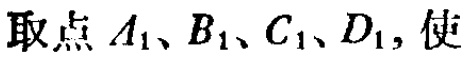
取点 \(A_1、B_1、C_1、D_1\)，使